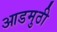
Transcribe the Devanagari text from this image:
आडमुठी